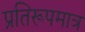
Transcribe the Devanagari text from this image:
प्रतिरूपमात्र